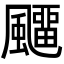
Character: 飅